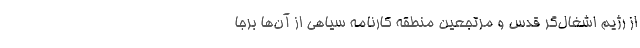
از رژیم اشغال‌گر قدس و مرتجعین منطقه کارنامه سیاهی از آن‌ها برجا